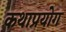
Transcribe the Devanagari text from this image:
कथाप्रयोग